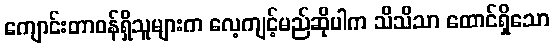
ကျောင်းတာဝန်ရှိသူများက လေ့ကျင့်မည်ဆိုပါက သိသိသာ ထောင်ရှိသော